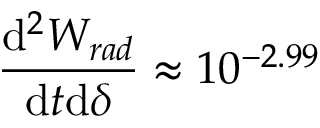
\frac { \mathrm { d } ^ { 2 } W _ { r a d } } { \mathrm { d } t \mathrm { d } \delta } \approx 1 0 ^ { - 2 . 9 9 }